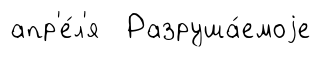
апр'е́л'я Разруша́емоjе